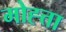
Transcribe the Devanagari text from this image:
मोह्त्ता